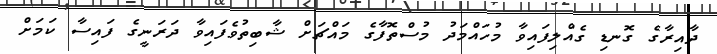
ދާއިރާގެ ގޮނޑި ގެއްލިފައިވާ މުހައްމަދު މުސްތޮފާގެ މައްޗަށް ޝާބިތުވެފައިވާ ދަރަނީގެ ފައިސާ ކަމަށް